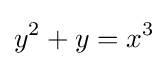
y^{2}+y=x^{3}